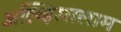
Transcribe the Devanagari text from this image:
अल्य्हिस्सलाम